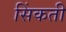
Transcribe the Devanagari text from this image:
सिंकती